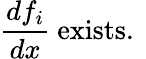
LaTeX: {\frac{df_{i}}{dx}}{\mathrm{~exists.~}}